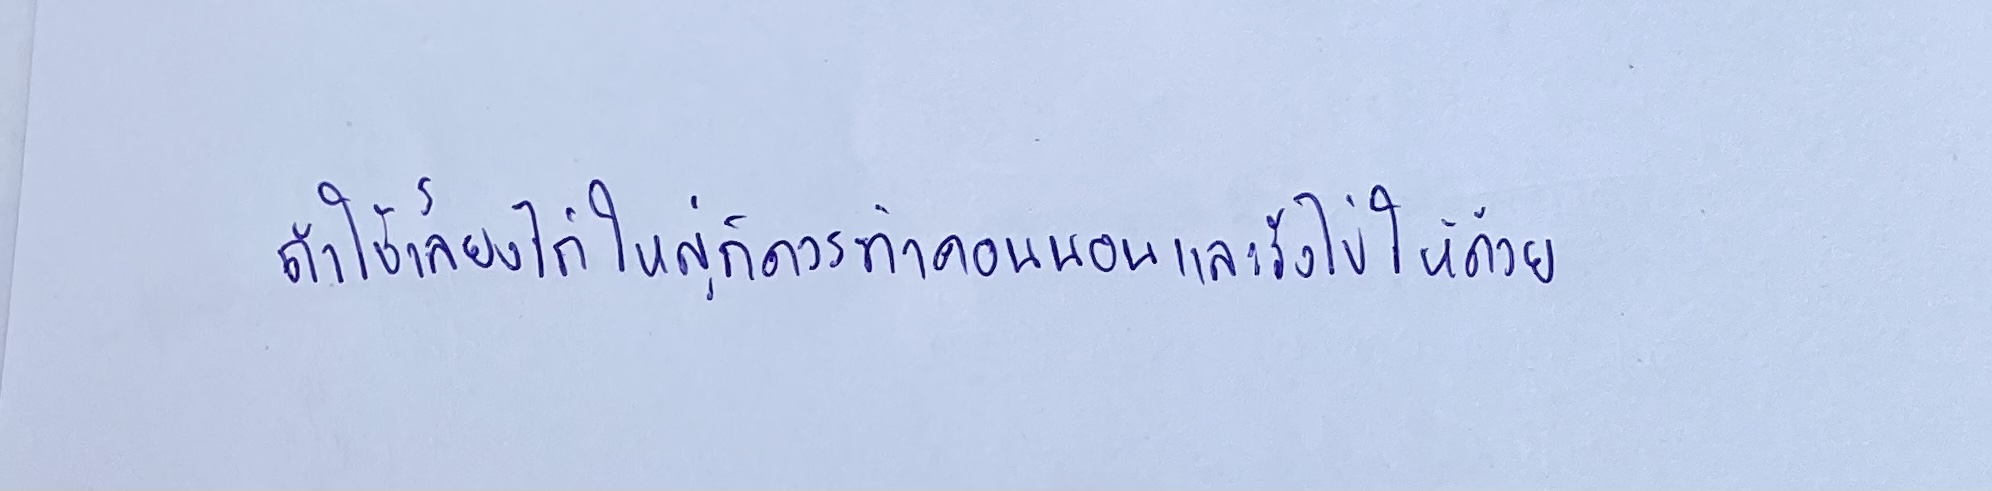
ถ้าใช้เลี้ยงไก่ใหญ่ก็ควรทำคอนนอนและรังไข่ให้ด้วย